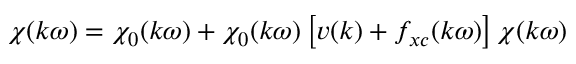
\chi ( k \omega ) = \chi _ { 0 } ( k \omega ) + \chi _ { 0 } ( k \omega ) \left[ v ( k ) + f _ { x c } ( k \omega ) \right] \chi ( k \omega )